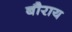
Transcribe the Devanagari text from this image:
बौराय